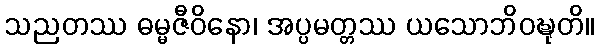
သညတဿ ဓမ္မဇီဝိနော၊ အပ္ပမတ္တဿ ယသောဘိဝဍ္ဎုတိ။